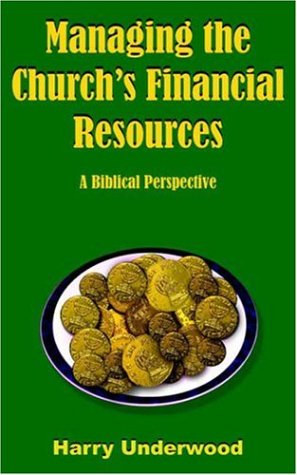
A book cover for Managing the Church's Financial Resources: A Biblical Perspective; Harry Underwood; Christian Books & Bibles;